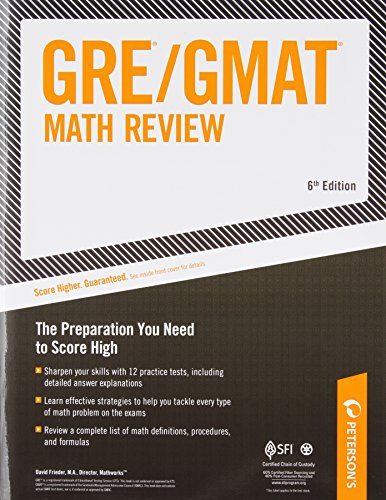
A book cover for ARCO GRE/GMAT Math Review 6th Edition (Gre Gmat Math Review); David Frieder; Test Preparation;